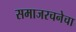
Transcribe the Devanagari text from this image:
समाजरचनेचा